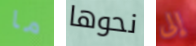
ما نحوها إلى